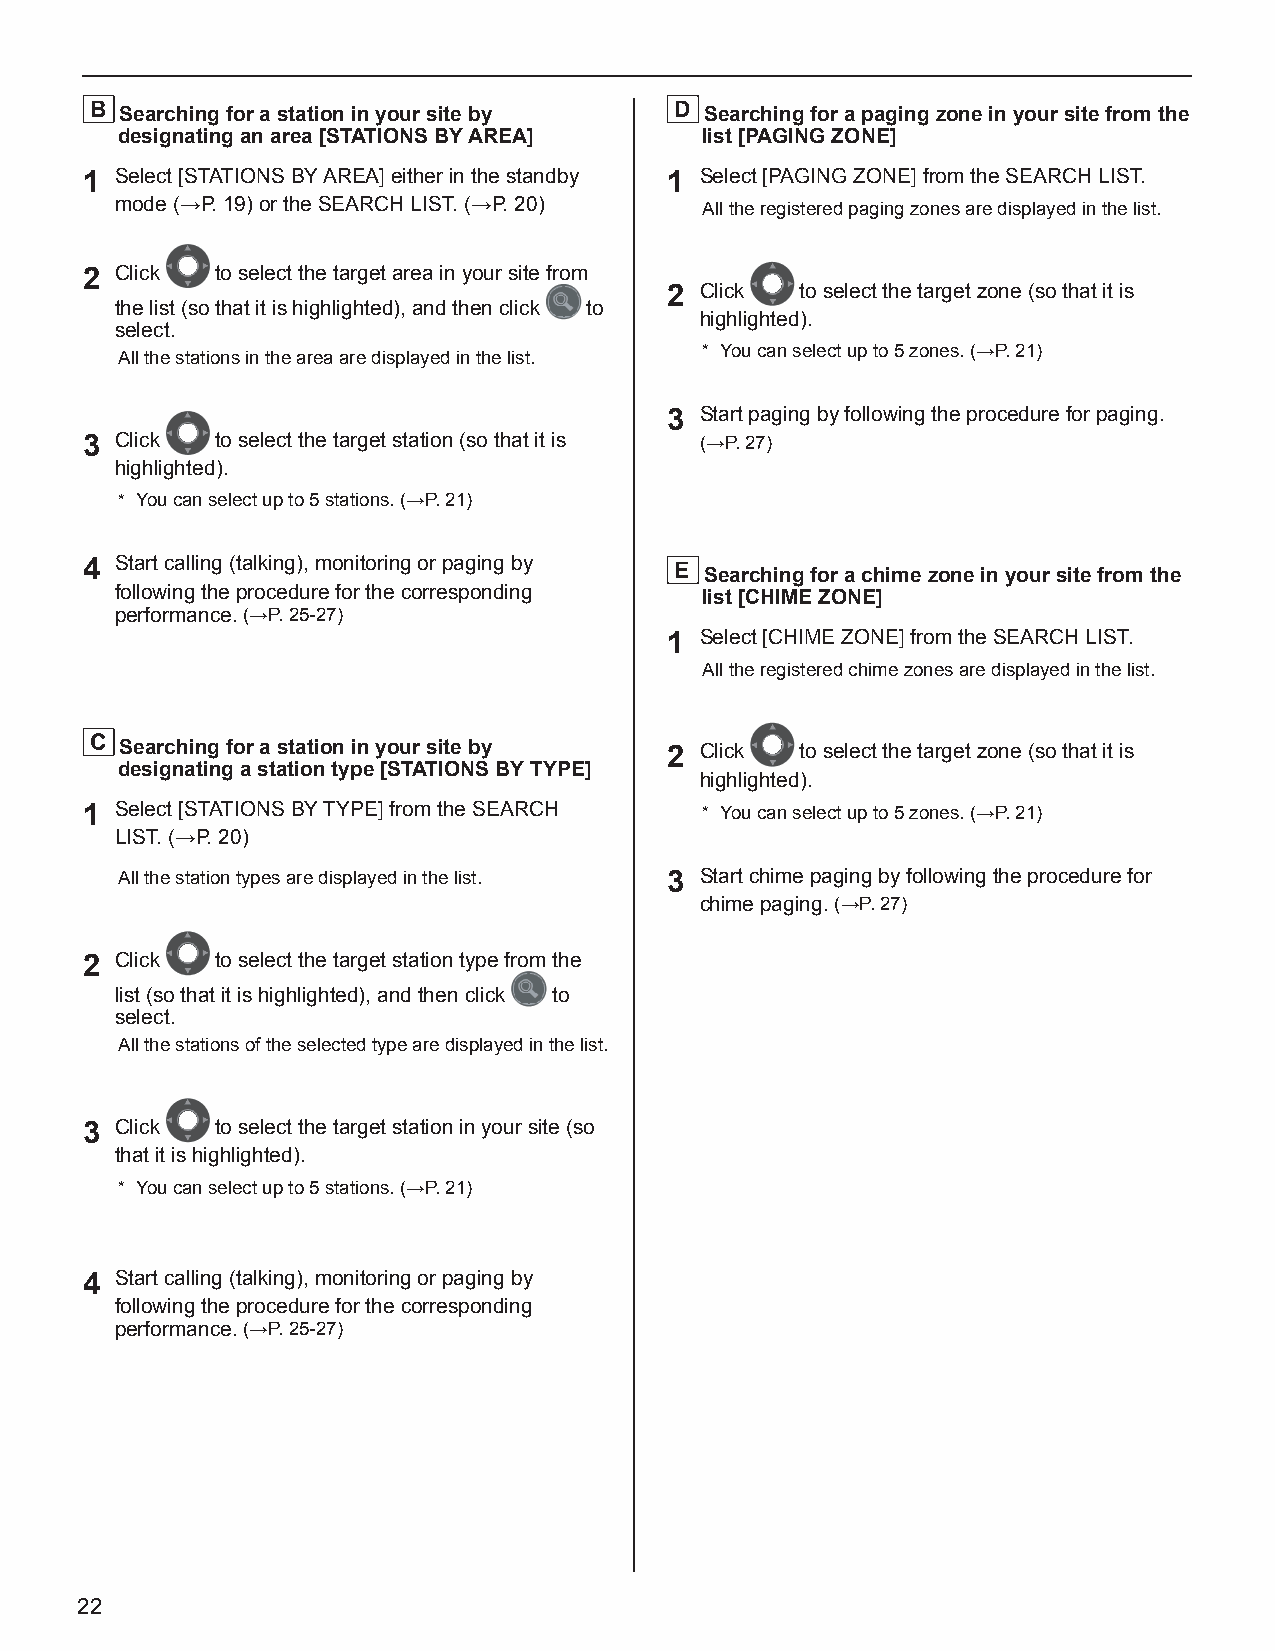
B Searching for a station in your site by D Searching for a paging zone in your site from the
 designating an area [STATIONS BY AREA] list [PAGING ZONE]
 1  Select [STATIONS BY AREA] either in the standby 1 Select [PAGING ZONE] from the SEARCH LIST.
 mode (→P. 19) or the SEARCH LIST. (→P. 20) All the registered paging zones are displayed in the list.
 2  Click to select the target area in your site from
 2 Click  to select the target zone (so that it is
 the list (so that it is highlighted), and then click to
 highlighted).
 select.
 All the stations in the area are displayed in the list. * You can select up to 5 zones. (→P. 21)
 3 Start paging by following the procedure for paging.
 3  Click to select the target station (so that it is (→P. 27)
 highlighted).
 * You can select up to 5 stations. (→P. 21)
 4  Start calling (talking), monitoring or paging by E Searching for a chime zone in your site from the
 following the procedure for the corresponding list [CHIME ZONE]
 performance. (→P. 25-27)
 1 Select [CHIME ZONE] from the SEARCH LIST.
 All the registered chime zones are displayed in the list.
 C Searching for a station in your site by 2 Click to select the target zone (so that it is
 designating a station type [STATIONS BY TYPE]
 highlighted).
 1  Select [STATIONS BY TYPE] from the SEARCH * You can select up to 5 zones. (→P. 21)
 LIST. (→P. 20)
 All the station types are displayed in the list. 3 Start chime paging by following the procedure for
 chime paging. (→P. 27)
 2  Click to select the target station type from the
 list (so that it is highlighted), and then click to
 select.
 All the stations of the selected type are displayed in the list.
 3  Click to select the target station in your site (so
 that it is highlighted).
 * You can select up to 5 stations. (→P. 21)
 4  Start calling (talking), monitoring or paging by
 following the procedure for the corresponding
 performance. (→P. 25-27)
 22